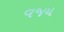
વજય